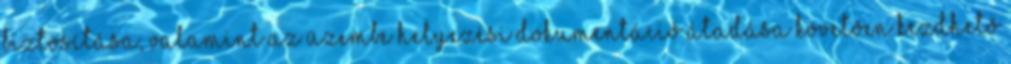
biztosítása, valamint az üzembe helyezési dokumentáció átadása követõen kezdhetõ